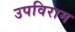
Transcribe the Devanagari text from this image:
उपविराम